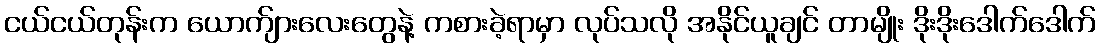
ငယ်ငယ်တုန်းက ယောက်ျားလေးတွေနဲ့ ကစားခဲ့ရာမှာ လုပ်သလို အနိုင်ယူချင် တာမျိုး ဒိုးဒိုးဒေါက်ဒေါက်